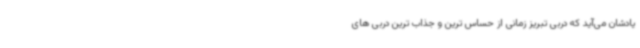
یادشان می‌آید که دربی تبریز زمانی از حساس ترین و جذاب ترین دربی های